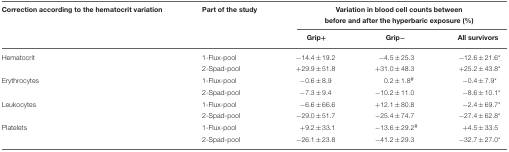
<table><thead><tr><td><b>Correction according to the hematocrit variation</b></td><td><b>Part of the study</b></td><td colspan="3"><b>Variation in blood cell counts between before and after the hyperbaric exposure (%)</b></td></tr><tr><td></td><td></td><td><b>Grip/+</b></td><td><b>Grip/−</b></td><td><b>All survivors</b></td></tr></thead><tbody><tr><td>Hematocrit</td><td>1-Flux-pool</td><td>−14.4±19.2</td><td>−4.5±25.3</td><td>−12.6±21.6<sup>*</sup></td></tr><tr><td></td><td>2-Spad-pool</td><td>+ 29.9±51.8</td><td>+ 31.0±48.3</td><td>+ 25.2±43.8<sup>*</sup></td></tr><tr><td>Erythrocytes</td><td>1-Flux-pool</td><td>−0.6±8.9</td><td>0.2±1.8<sup>#</sup></td><td>−0.4±7.9<sup>*</sup></td></tr><tr><td></td><td>2-Spad-pool</td><td>−7.3±9.4</td><td>−10.2±11.0</td><td>−8.6±10.1<sup>*</sup></td></tr><tr><td>Leukocytes</td><td>1-Flux-pool</td><td>−6.6±66.6</td><td>+ 12.1±80.8</td><td>−2.4±69.7<sup>*</sup></td></tr><tr><td></td><td>2-Spad-pool</td><td>−29.0±51.7</td><td>−25.4±74.7</td><td>−27.4±62.8<sup>*</sup></td></tr><tr><td>Platelets</td><td>1-Flux-pool</td><td>+ 9.2±33.1</td><td>−13.6±29.2<sup>#</sup></td><td>+ 4.5±33.5</td></tr><tr><td></td><td>2-Spad-pool</td><td>−26.1±23.8</td><td>−41.2±29.3</td><td>−32.7±27.0<sup>*</sup></td></tr></tbody></table>